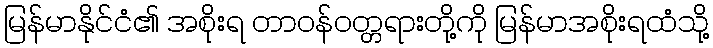
မြန်မာနိုင်ငံ၏ အစိုးရ တာဝန်ဝတ္တရားတို့ကို မြန်မာအစိုးရထံသို့